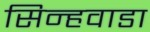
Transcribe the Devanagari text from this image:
सिन्हवाडा